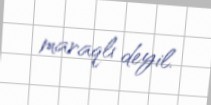
maraqlı deyil.